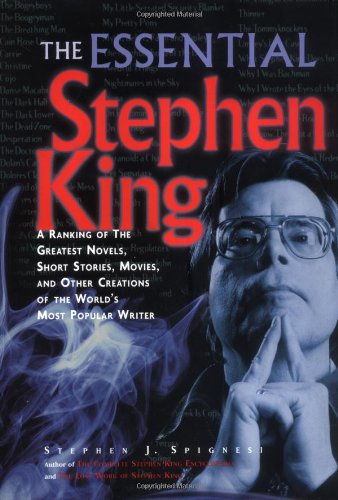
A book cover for The Essential Stephen King: A Ranking of the Greatest Novels, Short Stories, Movies, and Other Creations of the World's Most Popular Writer; Stephen J. Spignesi; Humor & Entertainment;